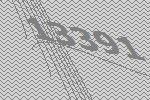
13391